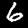
Label: 6